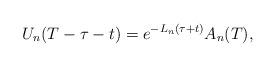
LaTeX: \begin{align*} U_{n}(T - \tau - t) = e^{-L_{n} (\tau + t)} A_{n}(T), \end{align*}